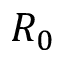
R _ { 0 }